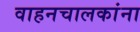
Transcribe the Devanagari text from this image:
वाहनचालकांना